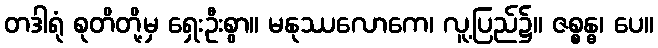
တဒါရုံ စုတိတို့မှ ရှေးဦးစွာ။ မနုဿလောကေ၊ လူ့ပြည်၌။ ဇစ္စန္ဓ၊ ပေ။